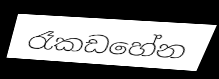
රෑකඩහේන